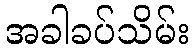
အခါခပ်သိမ်း